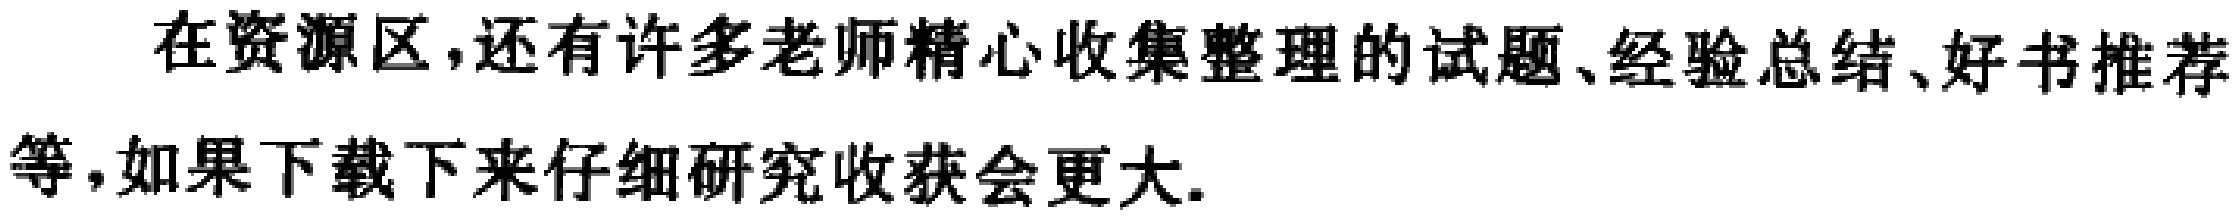
在资源区,还有许多老师精心收集整理的试题、经验总结、好书推荐等,如果下载下来仔细研究收获会更大.